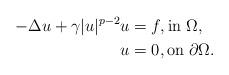
LaTeX: \begin{align*}- \Delta u + \gamma |u|^{p-2} u & = f, {\rm in} \; \Omega , \\ u & = 0, {\rm on} \; \partial \Omega .\end{align*}